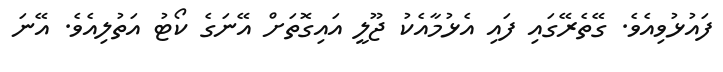
ފައުޅުވިއެވެ. ގޭތެރޭގައި ފައި އެޅުމާއެކު ޖޫލީ އައިގޮތަށް އޭނަގެ ކޯޓު އަތުލިއެވެ. އޭނަ